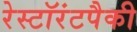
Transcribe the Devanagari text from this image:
रेस्टॉरंटपैकी